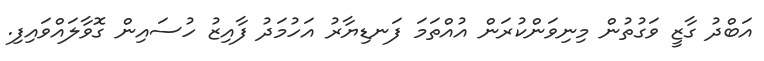
އަބްދު ގާޒީ ވަގުތުން މިނިވަންކުރަން އުއްތަމަ ފަނޑިޔާރު އަހުމަދު ފާއިޒު ހުސައިން ގޮވާލައްވައިފި.